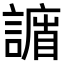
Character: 𧫨